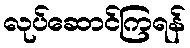
လုပ်ဆောင်ကြရန်